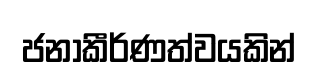
ජනාකීර්ණත්වයකින්